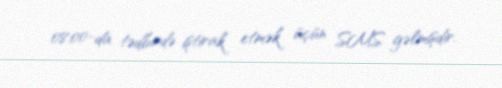
08:00-da tədbirdə iştirak etmək üçün SMS gəlmişdir.